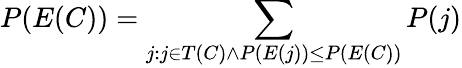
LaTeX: P(E(C))=\sum_{j:j\in T(C)\land P(E(j))\leq P(E(C))}P(j)